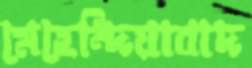
মেহেন্দিয়াবাদ